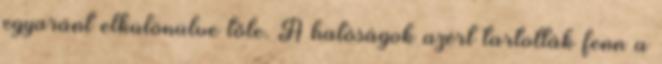
egyaránt elkülönülve tőle. A hatóságok azért tartották fenn a